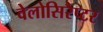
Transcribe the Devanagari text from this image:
वेलोसिरैप्टर